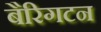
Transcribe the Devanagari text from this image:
बैरिगटन